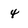
Character: 4